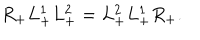
LaTeX: R _ { + } L _ { + } ^ { 1 } L _ { + } ^ { 2 } = L _ { + } ^ { 2 } L _ { + } ^ { 1 } R _ { + } .